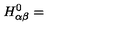
H _ { \alpha \beta } ^ { 0 } =